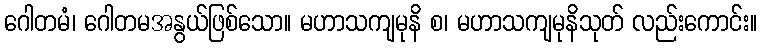
ဂေါတမံ၊ ဂေါတမအနွယ်ဖြစ်သော။ မဟာသကျမုနိ စ၊ မဟာသကျမုနိသုတ် လည်းကောင်း။